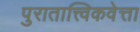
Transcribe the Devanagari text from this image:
पुरातात्त्विकवेत्ता